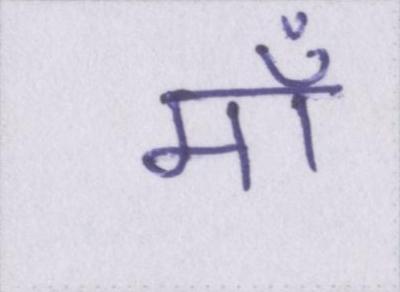
माँ